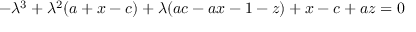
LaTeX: - \lambda ^ { 3 } + \lambda ^ { 2 } ( a + x - c ) + \lambda ( a c - a x - 1 - z ) + x - c + a z = 0